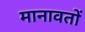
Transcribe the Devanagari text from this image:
मानावतों